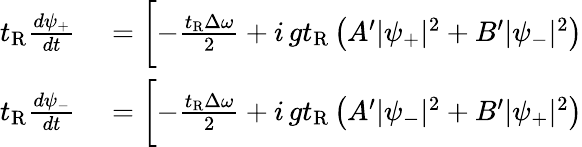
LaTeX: \begin{array}{rl}{t_{\mathrm{R}}\frac{d\psi_{+}}{dt}}&{{}=\biggl[-\frac{t_{\mathrm{R}}\Delta\omega}{2}+i\, gt_{\mathrm{R}}\left(A^{\prime}|\psi_{+}|^{2}+B^{\prime}|\psi_{-}|^{2}\right)}\\ {t_{\mathrm{R}}\frac{d\psi_{-}}{dt}}&{{}=\biggl[-\frac{t_{\mathrm{R}}\Delta\omega}{2}+i\, gt_{\mathrm{R}}\left(A^{\prime}|\psi_{-}|^{2}+B^{\prime}|\psi_{+}|^{2}\right)}\end{array}